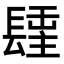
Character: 𨲢